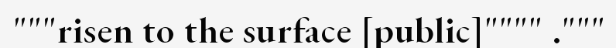
"""risen to the surface [public]"""" ."""